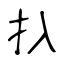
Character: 扖